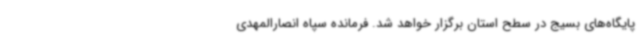
پایگاه‌های بسیج در سطح استان برگزار خواهد شد. فرمانده سپاه انصارالمهدی